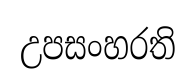
උපසංහරති